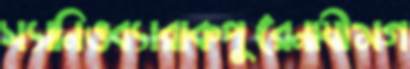
স্যানিওব্যারাকপুরেনাযীমগ